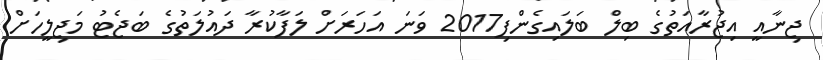
ޖިނާއީ އިޖުރާއަތުގެ ބިލް ބަލައިގެންފި2017 ވަނަ އަހަރަށް ލަފާކުރާ ދައުލަތުގެ ބަޖެޓު މަޖިލީހަށް